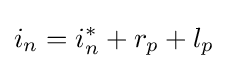
i_{n}=i_{n}^{*}+r_{p}+l_{p}\,\!